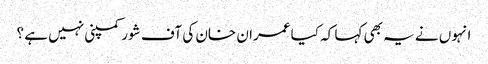
انہوں نے یہ بھی کہا کہ کیا عمران خان کی آف شور کمپنی نہیں ہے ؟